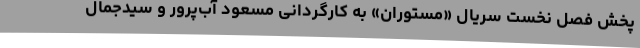
پخش فصل نخست سریال «مستوران» به کارگردانی مسعود آب‌پرور و سیدجمال